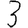
Digit: 3